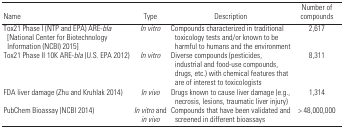
<table><thead><tr><td><b>Name</b></td><td><b>Type</b></td><td><b>Description</b></td><td><b>Number of compounds</b></td></tr></thead><tbody><tr><td><b>Tox21 Phase I (NTP and EPA) ARE-<i>bla</i> [National Center for Biotechnology Information (NCBI) 2015]</b></td><td><i>In vitro</i></td><td>Compounds characterized in traditional toxicology tests and/or known to be harmful to humans and the environment</td><td>2,617</td></tr><tr><td><b>Tox21 Phase II 10K ARE-<i>bla</i> (U.S. EPA 2012)</b></td><td><i>In vitro</i></td><td>Diverse compounds (pesticides, industrial and food-use compounds, drugs, etc.) with chemical features that are of interest to toxicologists</td><td>8,311</td></tr><tr><td><b>FDA liver damage (Zhu and Kruhlak 2014)</b></td><td><i>In vivo</i></td><td>Drugs known to cause liver damage (e.g., necrosis, lesions, traumatic liver injury)</td><td>1,314</td></tr><tr><td><b>PubChem Bioassay (NCBI 2014)</b></td><td><i>In vitro</i> and <i>in vivo</i></td><td>Compounds that have been validated and screened in different bioassays</td><td>&gt; 48,000,000</td></tr></tbody></table>